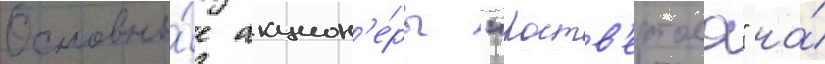
Основны́е акцион'е́ры "роств'ертола" на́